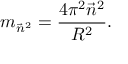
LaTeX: m _ { \vec { n } ^ { 2 } } = { \frac { 4 \pi ^ { 2 } \vec { n } ^ { 2 } } { R ^ { 2 } } } . \,